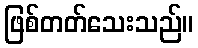
ဖြစ်တတ်သေးသည်။